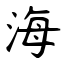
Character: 海